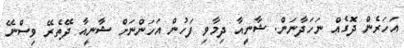
އަހަރެން ދޮގެއް ނަހަދާނަން. ޝާނީއާ ދިމާވި ފަހުން އަހަންނަށް ޝާނީއާ ދޭތެރޭ ވިސްނޭ